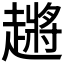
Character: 𬦞